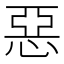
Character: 惡